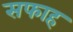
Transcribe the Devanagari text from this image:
सफाह